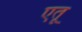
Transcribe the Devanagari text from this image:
एतू